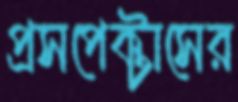
প্রসপেক্টাসের